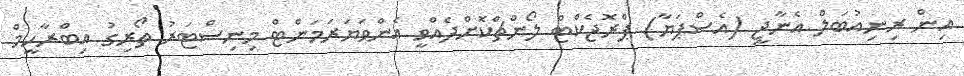
އިން ރިނިއުބަލް އެނާޖީ (އެސްޕަޔާ) ޕްރޮޖެކްޓް ލޯންޗްކޮށްދެއްވީ އެންވަޔަރަމަންޓް މިނިސްޓަރު ތޯރިގު އިބްރާހީމް